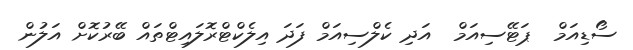
ސޯޑިއަމް  ޕަޓޭސިއަމް  އަދި ކެލްސިއަމް ފަދަ އިލެކްޓްރޮލައިޓްތައް ބޭރުކޮށް އަލުން